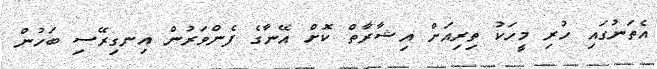
އެތަނުގައި ހުރި މީހަކު ތިރިއަށް އިޝާރާތް ކޮށް އޭނާގެ ފެންވަރުން އިނގިރޭސި ބަހުން